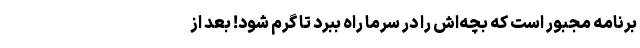
برنامه مجبور است که بچه‌اش را در سرما راه ببرد تا گرم شود! بعد از